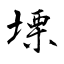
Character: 塛